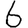
Digit: 6